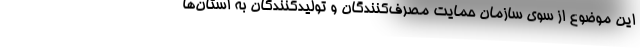
این موضوع از سوی سازمان حمایت مصرف‌کنندگان و تولیدکنندگان به استان‌ها